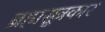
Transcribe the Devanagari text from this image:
ब्रह्मसूत्रकार